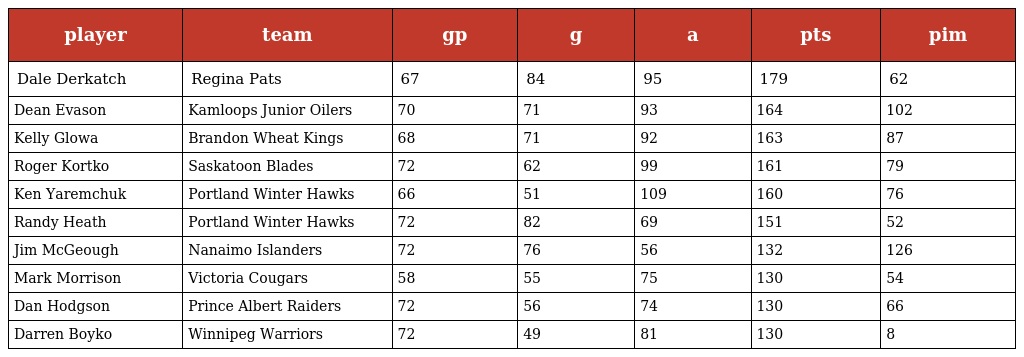
| player | team | gp | g | a | pts | pim |
 | --- | --- | --- | --- | --- | --- | --- |
 | Dale Derkatch | Regina Pats | 67 | 84 | 95 | 179 | 62 |
 | Dean Evason | Kamloops Junior Oilers | 70 | 71 | 93 | 164 | 102 |
 | Kelly Glowa | Brandon Wheat Kings | 68 | 71 | 92 | 163 | 87 |
 | Roger Kortko | Saskatoon Blades | 72 | 62 | 99 | 161 | 79 |
 | Ken Yaremchuk | Portland Winter Hawks | 66 | 51 | 109 | 160 | 76 |
 | Randy Heath | Portland Winter Hawks | 72 | 82 | 69 | 151 | 52 |
 | Jim McGeough | Nanaimo Islanders | 72 | 76 | 56 | 132 | 126 |
 | Mark Morrison | Victoria Cougars | 58 | 55 | 75 | 130 | 54 |
 | Dan Hodgson | Prince Albert Raiders | 72 | 56 | 74 | 130 | 66 |
 | Darren Boyko | Winnipeg Warriors | 72 | 49 | 81 | 130 | 8 |